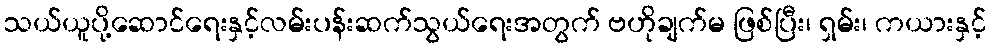
သယ်ယူပို့ဆောင်ရေးနှင့်လမ်းပန်းဆက်သွယ်ရေးအတွက် ဗဟိုချက်မ ဖြစ်ပြီး၊ ရှမ်း၊ ကယားနှင့်